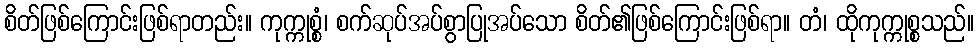
စိတ်ဖြစ်ကြောင်းဖြစ်ရာတည်း။ ကုက္ကုစ္စံ၊ စက်ဆုပ်အပ်စွာပြုအပ်သော စိတ်၏ဖြစ်ကြောင်းဖြစ်ရာ။ တံ၊ ထိုကုက္ကုစ္စသည်။